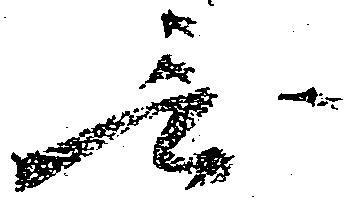
無